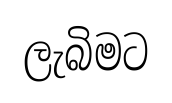
ලැබිමට